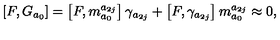
\left[ F , G _ { a _ { 0 } } \right] = \left[ F , m _ { a _ { 0 } } ^ { a _ { 2 j } } \right] \gamma _ { a _ { 2 j } } + \left[ F , \gamma _ { a _ { 2 j } } \right] m _ { a _ { 0 } } ^ { a _ { 2 j } } \approx 0 ,